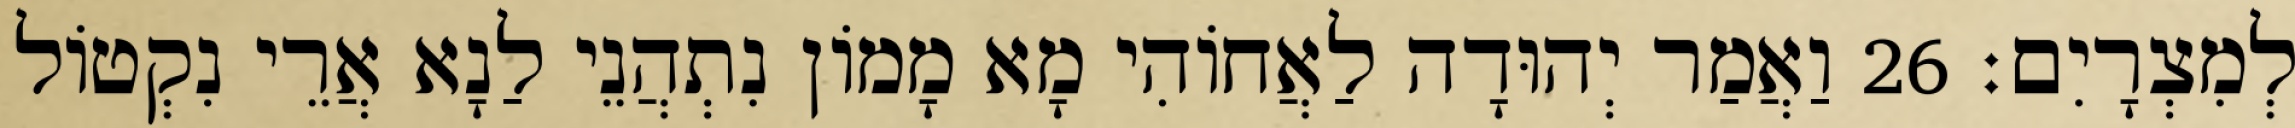
לְמִצְרָיִם׃ 26 וַאֲמַר יְהוּדָה לַאֲחוֹהִי מָא מָמוֹן נִתְהֲנֵי לַנָא אֲרֵי נִקְטוֹל